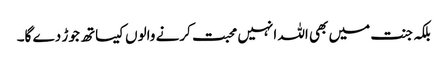
بلکہ جنت میں بھی اللہ انہیں محبت کرنے والوں کیساتھ جوڑ دے گا۔